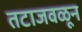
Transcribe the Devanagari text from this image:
तटाजवळून